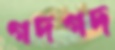
গদগদ